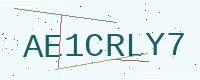
Text: AE1CRLY7